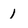
Character: 1